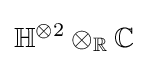
\mathbb {H} ^{\otimes 2}\otimes _{\mathbb {R} }\mathbb {C}